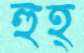
হুহ্